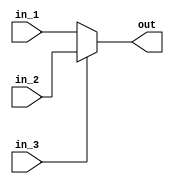
module mux(in_1,in_2,in_3,out);
input[31:0] in_1,in_2;
input in_3;
output [31:0]out;
assign out=(in_3)?in_2:in_1;
endmodule

module alu(in_1,in_2,out);
input [31:0]in_1;
input [3:0]in_2;
output [31:1]out;
assign out=in_1+in_2;
endmodule

module pc(in_1,out);
input [31:0]in_1;
output [31:0]out;
assign out=in_1;
endmodule

module memory(in_1,out);
input [31:0]in_1;
output [31:0]out;
assign out=in_1;
endmodule

module instruction_memory(in_1,in_2,in_3,clk,sel,out_inst,out_alu);
output reg [31:0]in_1;
input [31:0]in_2;
input sel,clk;
input [3:0]in_3;
output [31:0]out_inst,out_alu;
wire [31:0]out_1,out_2;
mux m1(in_1,in_2,sel,out_1);
pc p1(out_1,out_2);
always @(posedge clk)
begin
in_1<=out_2+in_3;
end
//alu a1(out_2,in_3,in_1);
memory r1(out_2,out_inst);
assign out_alu=in_1;
endmodule

module tb_inst_mem();
wire [31:0]in_1;
reg [31:0]in_2;
reg sel,clk;
reg [3:0]in_3;
wire [31:0]out_inst,out_alu;
reg [31:0]out_1,out_2;
initial begin
clk=0;
//in_1=32'b010101011;
in_2=32'b00110;
sel=1;
in_3=4'b0100;
#10
sel=0;
end
always begin #5 clk=~clk; end
instruction_memory ins1(in_1,in_2,in_3,clk,sel,out_inst,out_alu);
endmodule

/*module tb_mux();
reg [31:0]in_1,in_2;
reg in_3;
wire [31:0]out;
initial
begin
$monitor("%b %b %b &b",in_1,in_2,in_3,out);
in_1=1;
in_2=0;
in_3=1;
#5
in_3=0;
end
mux m1(in_1,in_2,in_3,out);
endmodule
module tb_mux();
reg [31:0]in_1,in_2;
reg in_3;
wire [31:0]out;
initial
begin
$monitor("%b %b %b &b",in_1,in_2,in_3,out);
in_1=1;
in_2=0;
in_3=1;
#5
in_3=0;
end
mux m1(in_1,in_2,in_3,out);
endmodule

module tb_alu();
reg [31:0] in_1;
wire [31:0]out;
reg [3:0]in_2;
reg [3:0]sum;
assign out=in_1+in_2;
initial begin
//$monitor("%b %b",in_1,out);
in_1=10;
in_2=4'b0100;
#5
in_1=20;
end
alu a1(in_1,in_2,out);
endmodule
*/